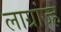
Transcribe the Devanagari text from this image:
लाग्रांज्ह